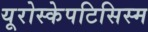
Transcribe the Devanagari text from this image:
यूरोस्केपटिसिस्म